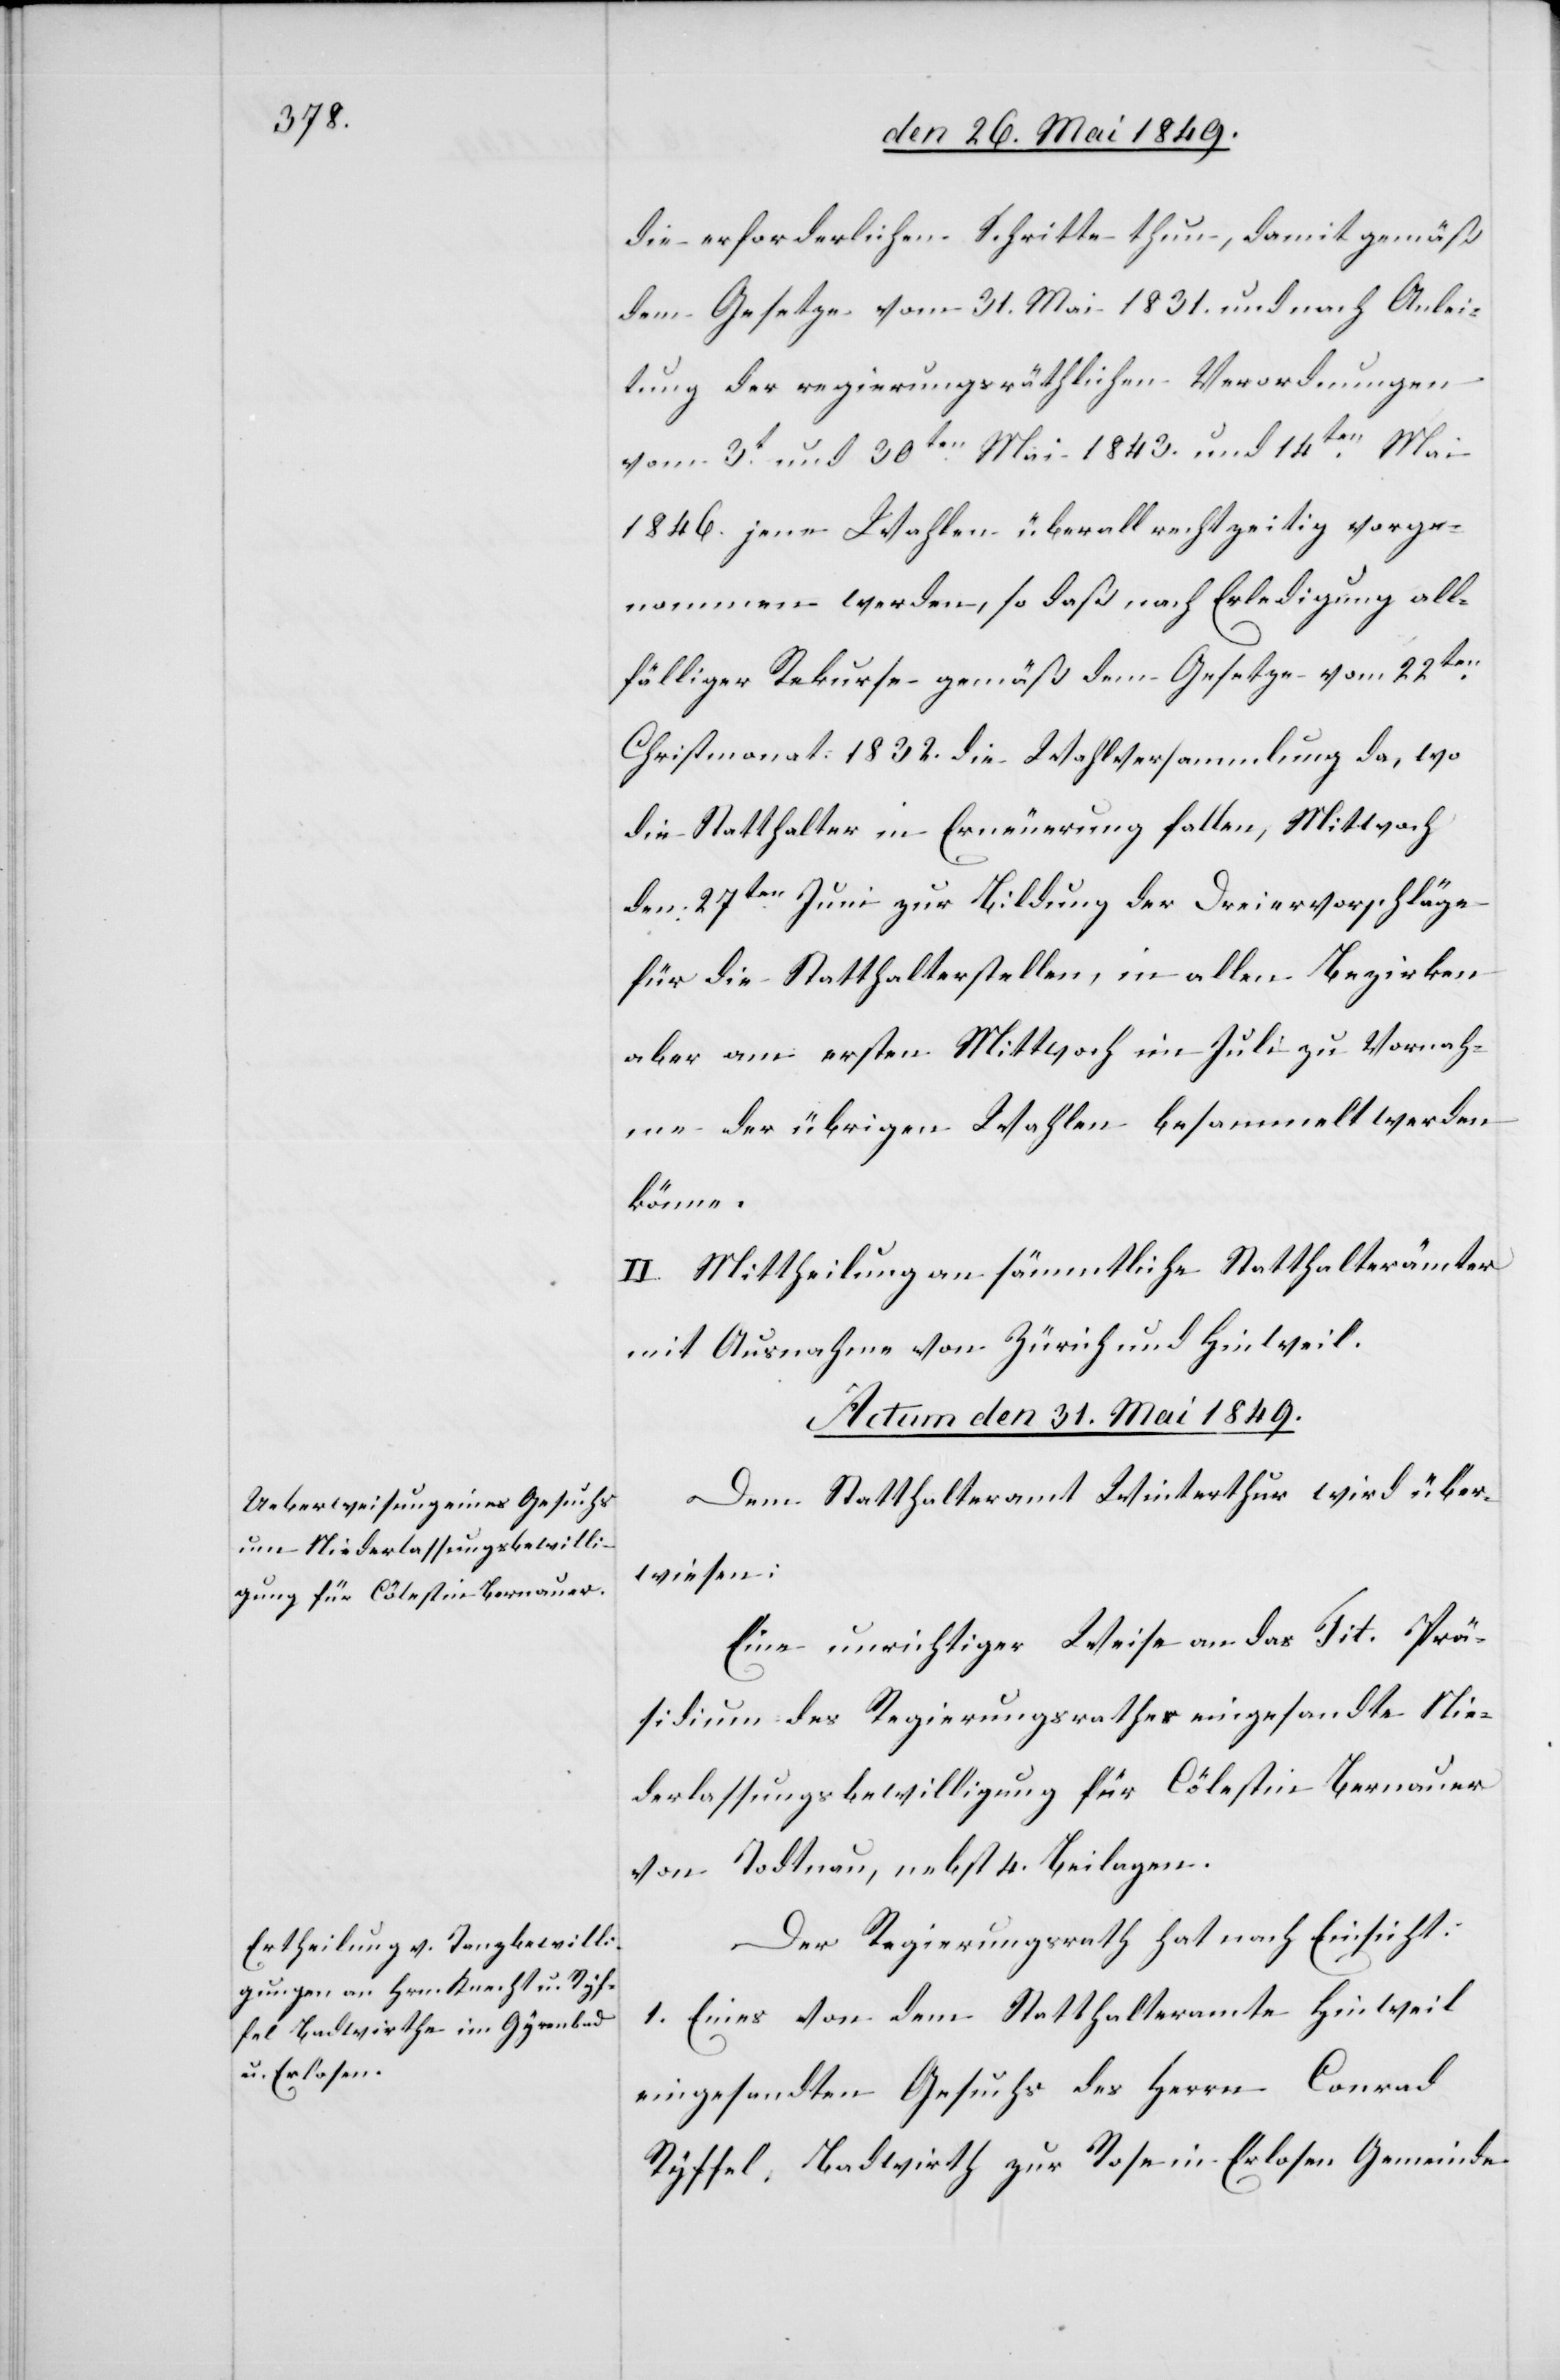
die erforderlichen Schritte thun, damit gemäß
dem Gesetze vom 31. Mai 1831. und nach Anlei¬
tung der regierungsräthlichen Verordnungen
vom 3t und 30ten Mai 1843. und 14ten Mai
1846. jene Wahlen überall rechtzeitig vorge¬
nommen werden, so daß nach Erledigung all¬
fälliger Rekurse gemäß dem Gesetze vom 22ten
Christmonat 1832. die Wahlversammlung da, wo
die Statthalter in Erneuerung fallen, Mitwoch
den 27ten Juni zur Bildung der Dreiervorschläge
für die Statthalterstellen, in allen Bezirken
aber am ersten Mittwoch im Juli zu Vornah¬
me der übrigen Wahlen besammelt werden
könne.
II. Mittheilung an sämmtliche Statthalterämter
mit Ausnahme von Zürich und Hinweil.
Actum den 31. Mai 1849.]
Dem Statthalteramt Winterthur wird über¬
wiesen:
Eine unrichtiger Weise an das Tit. Prä¬
sidium des Regierungsrathes eingesandte Nie¬
derlassungsbewilligung für Cölestin Bernauer
von Todtnau, nebst 4. Beilagen.
Der Regierungsrath hat nach Einsicht:
1. Eines von dem Statthalteramte Hinweil
eingesandten Gesuchs des Herrn Conrad
Ryffel, Badwirth zur Rose in Erlosen Gemeinde